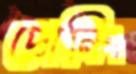
প্রোনিং